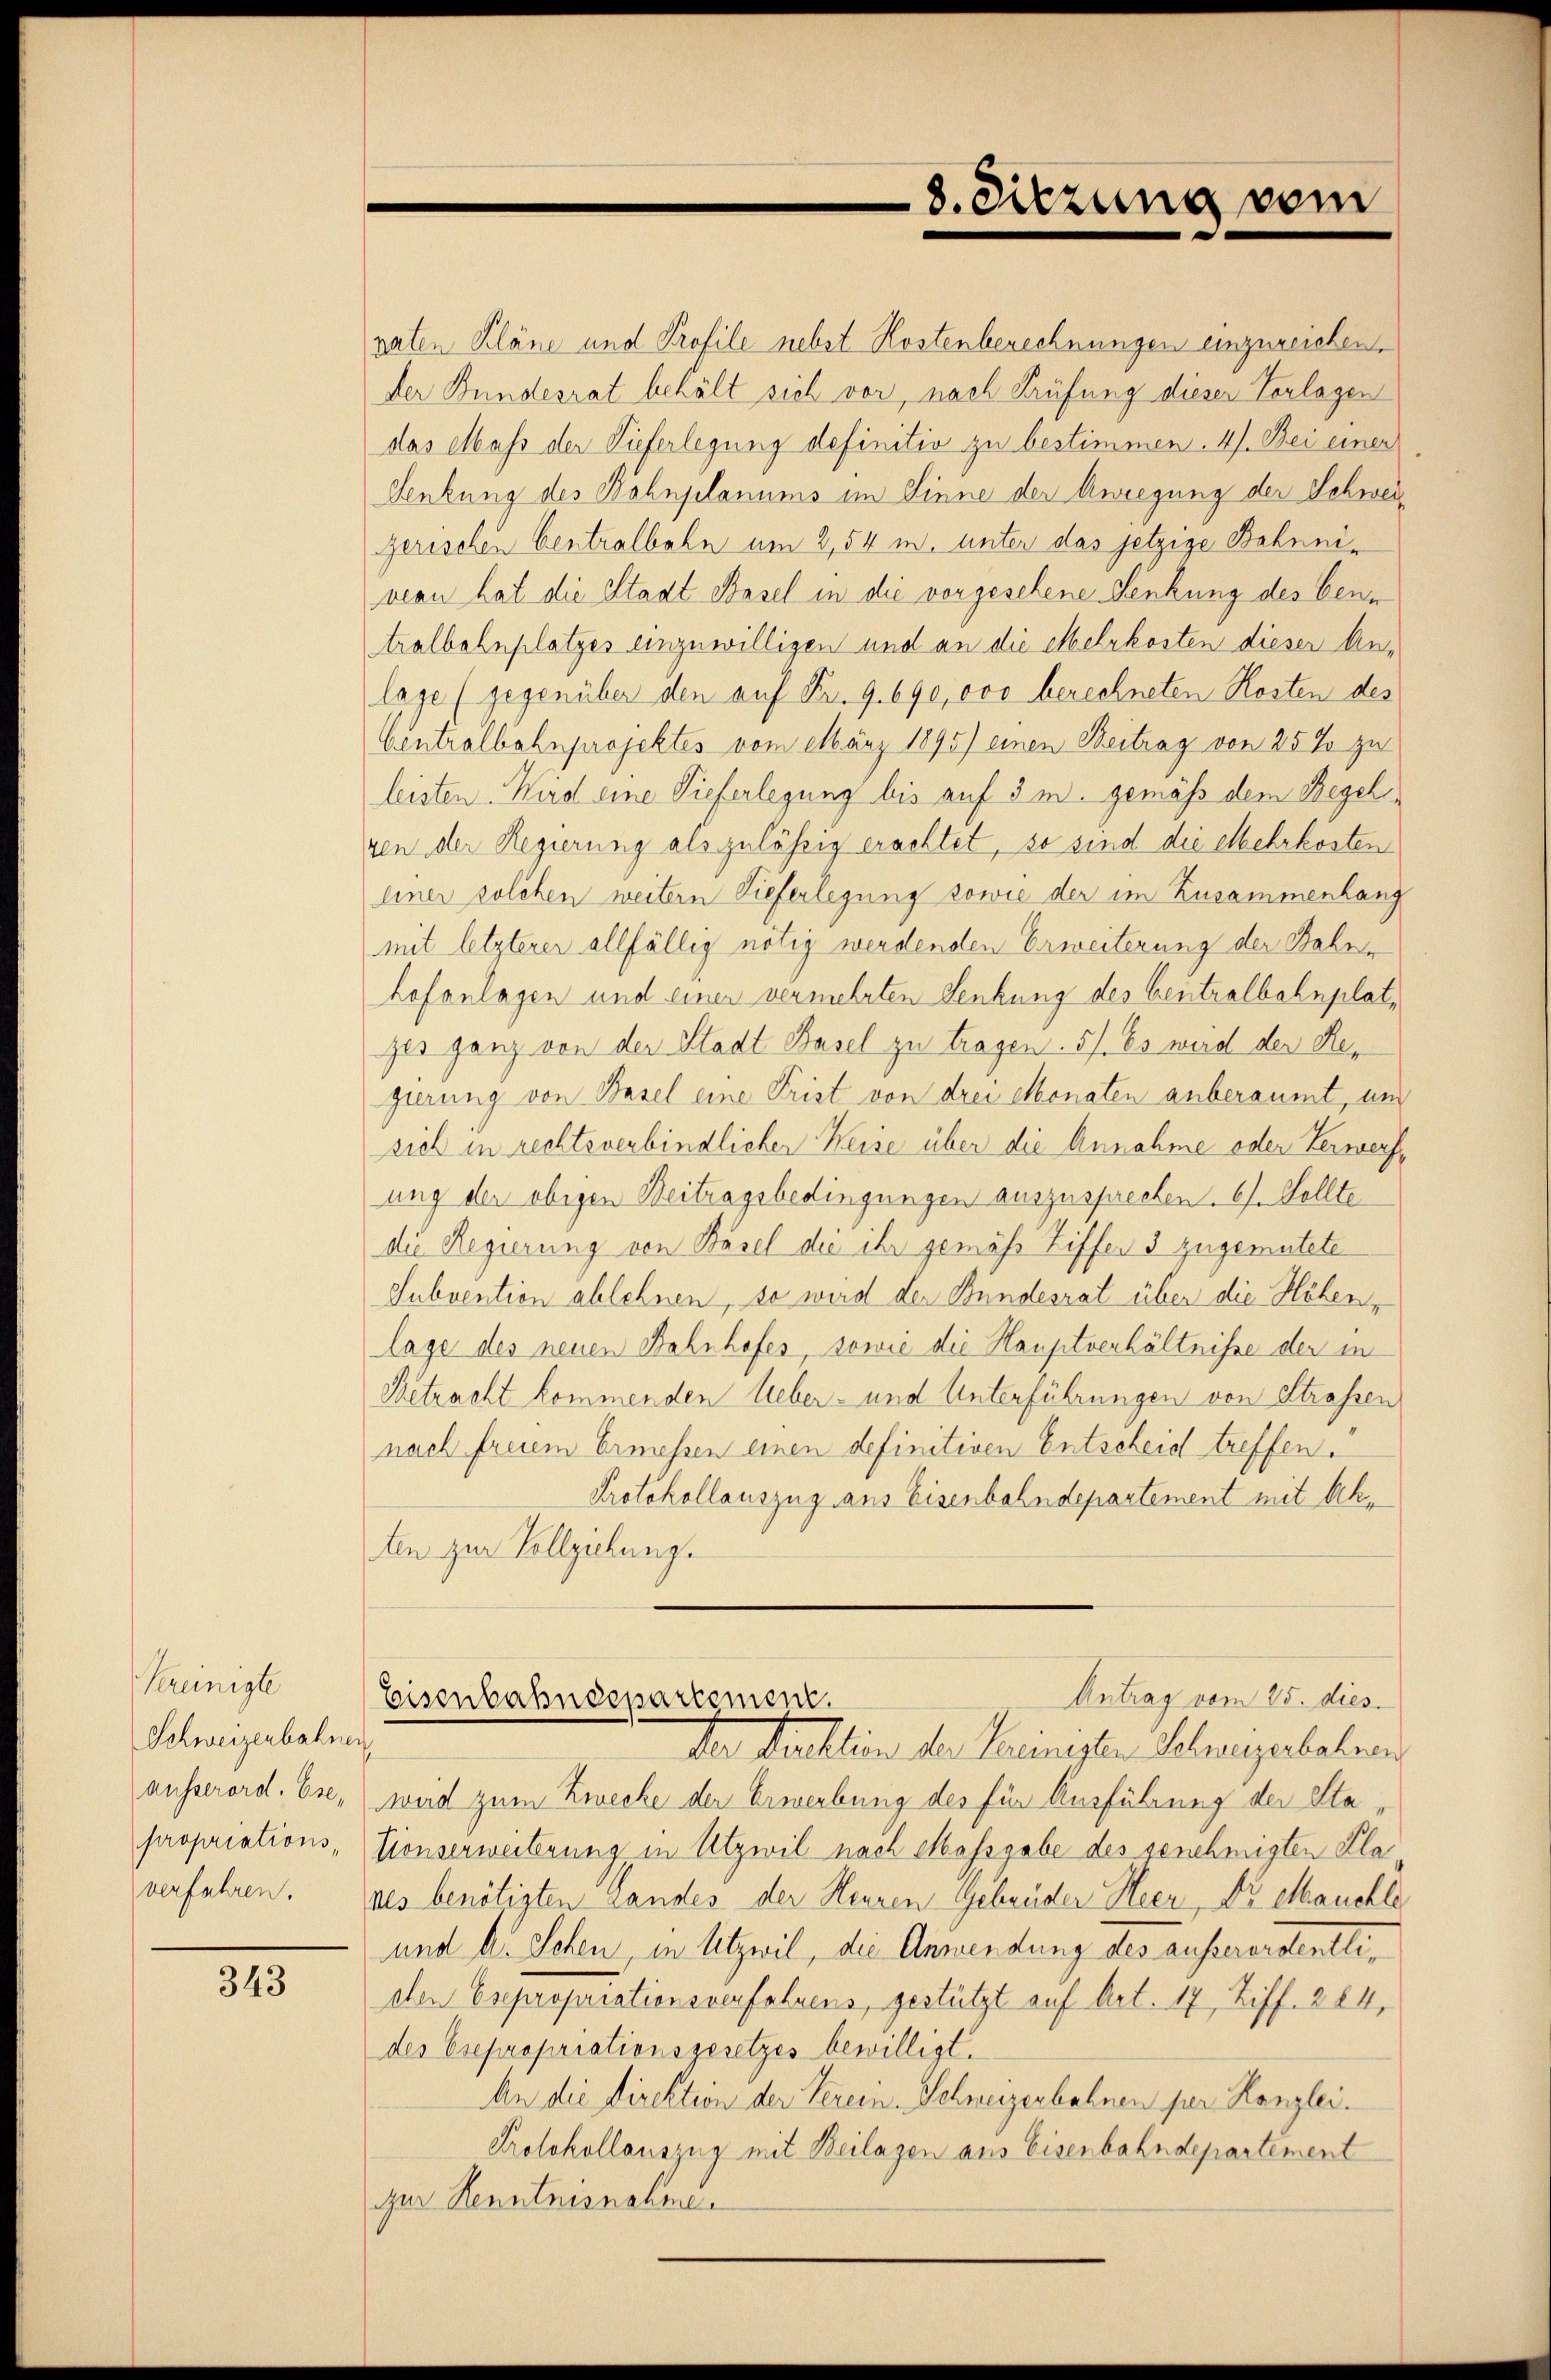
Vereinigte
Schweizenbahnen,
ausserord. Ese,
propriationsverfahren.

343

8. Sitzung vom

vaten Pläne und Profile nebst Kostenberechnungen einzureichen,
der Bundesrat behält sich vor, nach Prüfung dieser Vorlagen
das Mass der Tieferlegung definitiv zu bestimmen. 4). Bei einer
Senkung des Böhnjelanums im Sinne der Anregung der Schweigerischen Centralbahn um 2,54 u. unter das jetzige Bekuniveon hat die Stadt Basel in die vorgesehene Denkung des bene
tralbahnplatzes einzuwilligen und an die Mehrkosten dieser Anlage (gegenüber den auf Fr. 9. 690,000 berechneten Kosten des
Centralbahnprojektes vom März 1895) einen Beitrag von 25 % zu
leisten. Wird eine Tieferlegung bis auf 3 m. gemäß dem Regel
gen der Regierung als zulässig erachtet, so sind die Mehrkosten
einer solchen weitern Tieferlegung sowie der im Zusammenhang
mit letzterer allfällig nötig werdenden Erweiterung der Bahnen
hofonlagen und einer vermehrten Senkung des Centralbahnplatzer ganz von der Stadt Basel zu tragen. 5/. Es weid der Regierung von Basel eine Frist von drei Monaten anberaumt, und
sich in rechtsverbindlicher Weise über die Annahme oder Verwerfung der obigen Beitragsbedingungen auszusprechen. 6. Stellte
die Regierung von Basel die ihr gemäss Ziffer 3 zugemutete
Subvention ablehnen, so wird der Bundesrat über die Höhen,
lage des neuen Bahnhofes, sowie die Hauptverhältnisse der in
Betracht kommenden Ueber- und Unterführungen von Strassen
nach freiem Ermessen einen definitiven Entscheid treffen.
Protokollauszug aus Eisenbahndepartement mit Akten zur Vollziehung.
Antrag vom 25. dies.
Eisenbahndepartement.
Der Sachlin der Keinigen Schweizerbahnen
wird zum Zwecke der Erwerbung des für Ausführung der Sta
Konserweiterung in Utzwil nach Massgabe des genehmigten Planes benötigten Landes der Heuren Gebrüder Heer, Dr Mauchle
und A. Schen, in Atzwil, die Anwendung des ausserordentlichen Esepropriationsverfahrens, gestützt auf Art. 17, Ziff. 284,
des Expropriationsgesetzes bewilligt.
An die Direktion der Verein. Schweizerbahnen per Kanzlei.
Protokollauszug mit Beilagen aus Eisenbahndepartement
zur Kenntnisnahme.